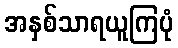
အနှစ်သာရယူကြပုံ